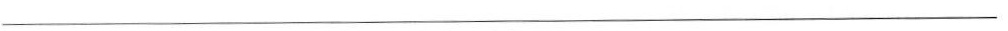
___